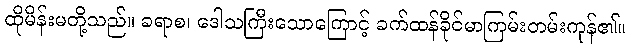
ထိုမိန်းမတို့သည်။ ခရာစ၊ ဒေါသကြီးသောကြောင့် ခက်ထန်ခိုင်မာကြမ်းတမ်းကုန်၏။